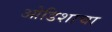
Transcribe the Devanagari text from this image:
ओडिशाचा